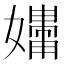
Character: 𪦧